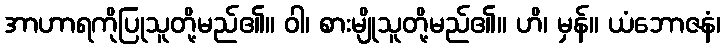
အာဟာရကိုပြုသူတို့မည်၏။ ဝါ၊ စားမျိုသူတို့မည်၏။ ဟိ၊ မှန်။ ယံဘောဇနံ၊